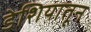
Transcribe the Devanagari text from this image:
डेशियातून